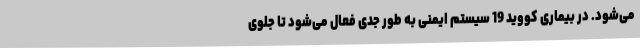
می‌شود. در بیماری کووید 19 سیستم ایمنی به طور جدی فعال می‌شود تا جلوی